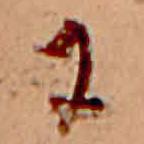
に